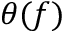
\theta ( f )